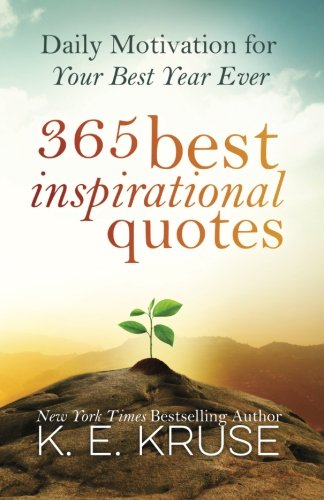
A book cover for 365 Best Inspirational Quotes: Daily Motivation For Your Best Year Ever; K Kruse; Reference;